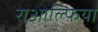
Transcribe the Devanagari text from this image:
राओल्फिया